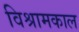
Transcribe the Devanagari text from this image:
विश्रामकाल